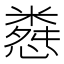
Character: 𢠴